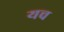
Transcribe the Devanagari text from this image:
यच